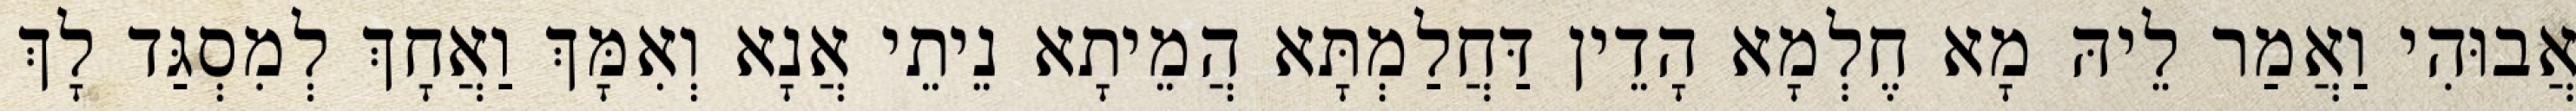
אֲבוּהִי וַאֲמַר לֵיהּ מָא חֶלְמָא הָדֵין דַּחֲלַמְתָּא הֲמֵיתָא נֵיתֵי אֲנָא וְאִמָּךְ וַאֲחָךְ לְמִסְגַּד לָךְ